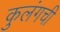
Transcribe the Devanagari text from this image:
कुलंगची